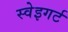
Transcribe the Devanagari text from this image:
स्वेइगर्ट